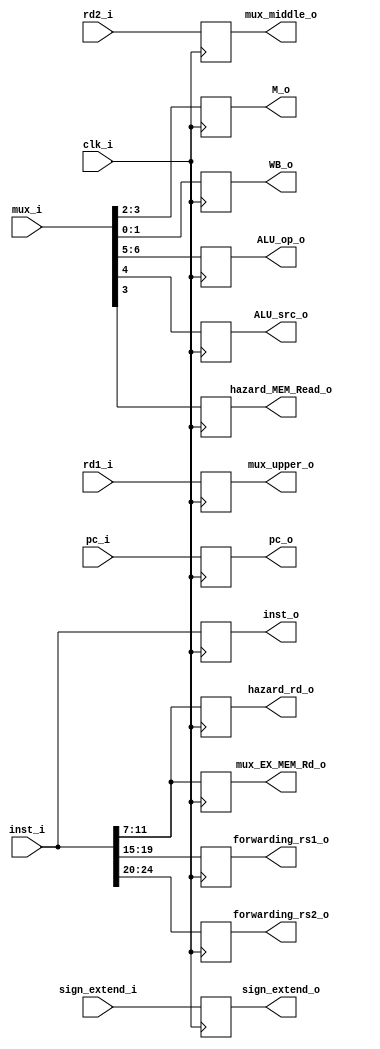
module ID_EX
(
	clk_i,
	inst_i,
	pc_i,
	rd1_i,
	rd2_i,
	sign_extend_i,
	mux_i,			// input from MUX(included WB, M, EX)	
	ALU_op_o,
	WB_o,			// output to EX/MEM
	M_o,			// output to EX/MEM
	mux_upper_o,
	mux_middle_o,
	ALU_src_o,		// mux on the right
	forwarding_rs1_o,	// output to forwarding	
	forwarding_rs2_o,	// output to forwarding
	inst_o,			// output to EX/MEM
	pc_o,			// output to EX/MEM
	hazard_MEM_Read_o,	// output to hazard unit 
	hazard_rd_o,
	mux_EX_MEM_Rd_o,
    sign_extend_o,
);

input clk_i;
input[31:0] inst_i, pc_i, sign_extend_i;
input[6:0] mux_i;
input[31:0] rd1_i, rd2_i;
output reg[31:0] inst_o, pc_o, sign_extend_o, mux_upper_o, mux_middle_o;
output reg[4:0] forwarding_rs1_o, forwarding_rs2_o, hazard_rd_o;
output reg[4:0] mux_EX_MEM_Rd_o;
output reg[1:0] M_o;
output reg[1:0] WB_o,  ALU_op_o ;
output reg ALU_src_o, hazard_MEM_Read_o ;


always@(posedge clk_i ) begin
	WB_o <= mux_i[1:0];
	M_o <= mux_i[3:2];
	ALU_src_o <= mux_i[4];
	ALU_op_o <= mux_i[6:5];
	mux_upper_o <= rd1_i;
	mux_middle_o <= rd2_i;
	forwarding_rs1_o <= inst_i[19:15];
	forwarding_rs2_o <= inst_i[24:20];
	inst_o <= inst_i;
	pc_o <= pc_i;
	hazard_MEM_Read_o <= mux_i[3];
	hazard_rd_o <= inst_i[11:7];
	mux_EX_MEM_Rd_o <= inst_i[11:7];
    	sign_extend_o <= sign_extend_i;

end

endmodule